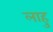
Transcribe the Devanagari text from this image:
लाहु